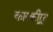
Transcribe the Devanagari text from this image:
कारकीऱ्र्द